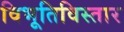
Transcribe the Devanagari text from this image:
विभूतिविस्तार